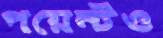
পয়েন্টও